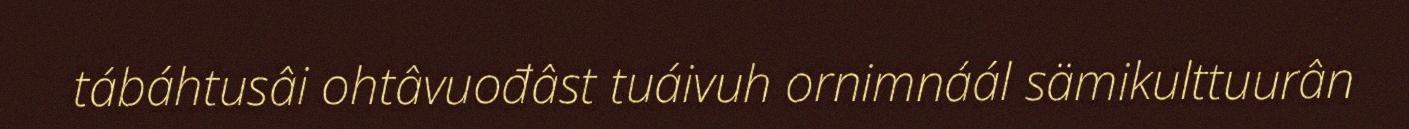
tábáhtusâi ohtâvuođâst tuáivuh ornimnáál sämikulttuurân